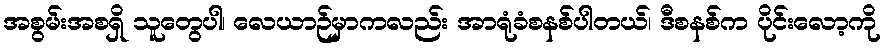
အစွမ်းအစရှိ သူတွေပါ၊ လေယာဉ်မှာကလည်း အာရုံခံစနစ်ပါတယ်၊ ဒီစနစ်က ပိုင်းလော့ကို